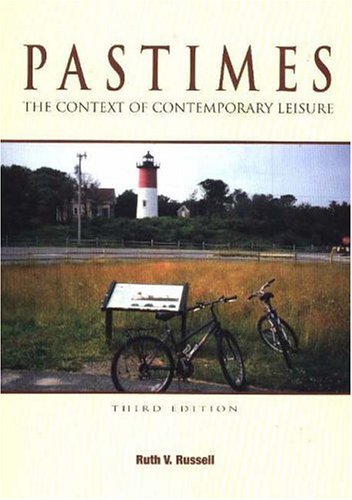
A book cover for Pastimes: The Context of Contemporary Leisure; Ruth V. Russell; Sports & Outdoors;